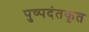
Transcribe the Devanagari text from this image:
पुष्पदंतकृत